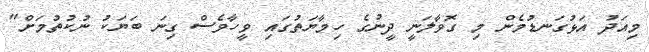
މިއަދު އަޅުގަނޑުމެން މި ގޮވާލަނީ ދީނުގެ ހިމާޔަތުގައި ވީހާވެސް ގިނަ ބަޔަކު ނުކުތުމަށް"